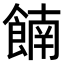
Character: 𫗕